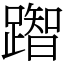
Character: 䠦